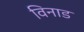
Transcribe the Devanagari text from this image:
विनाड